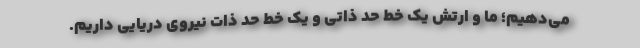
می‌دهیم؛ ما و ارتش یک خط حد ذاتی و یک خط حد ذات نیروی دریایی داریم.